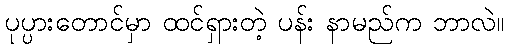
ပုပ္ပားတောင်မှာ ထင်ရှားတဲ့ ပန်း နာမည်က ဘာလဲ။